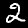
Digit: 2